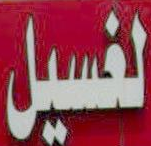
لغسيل